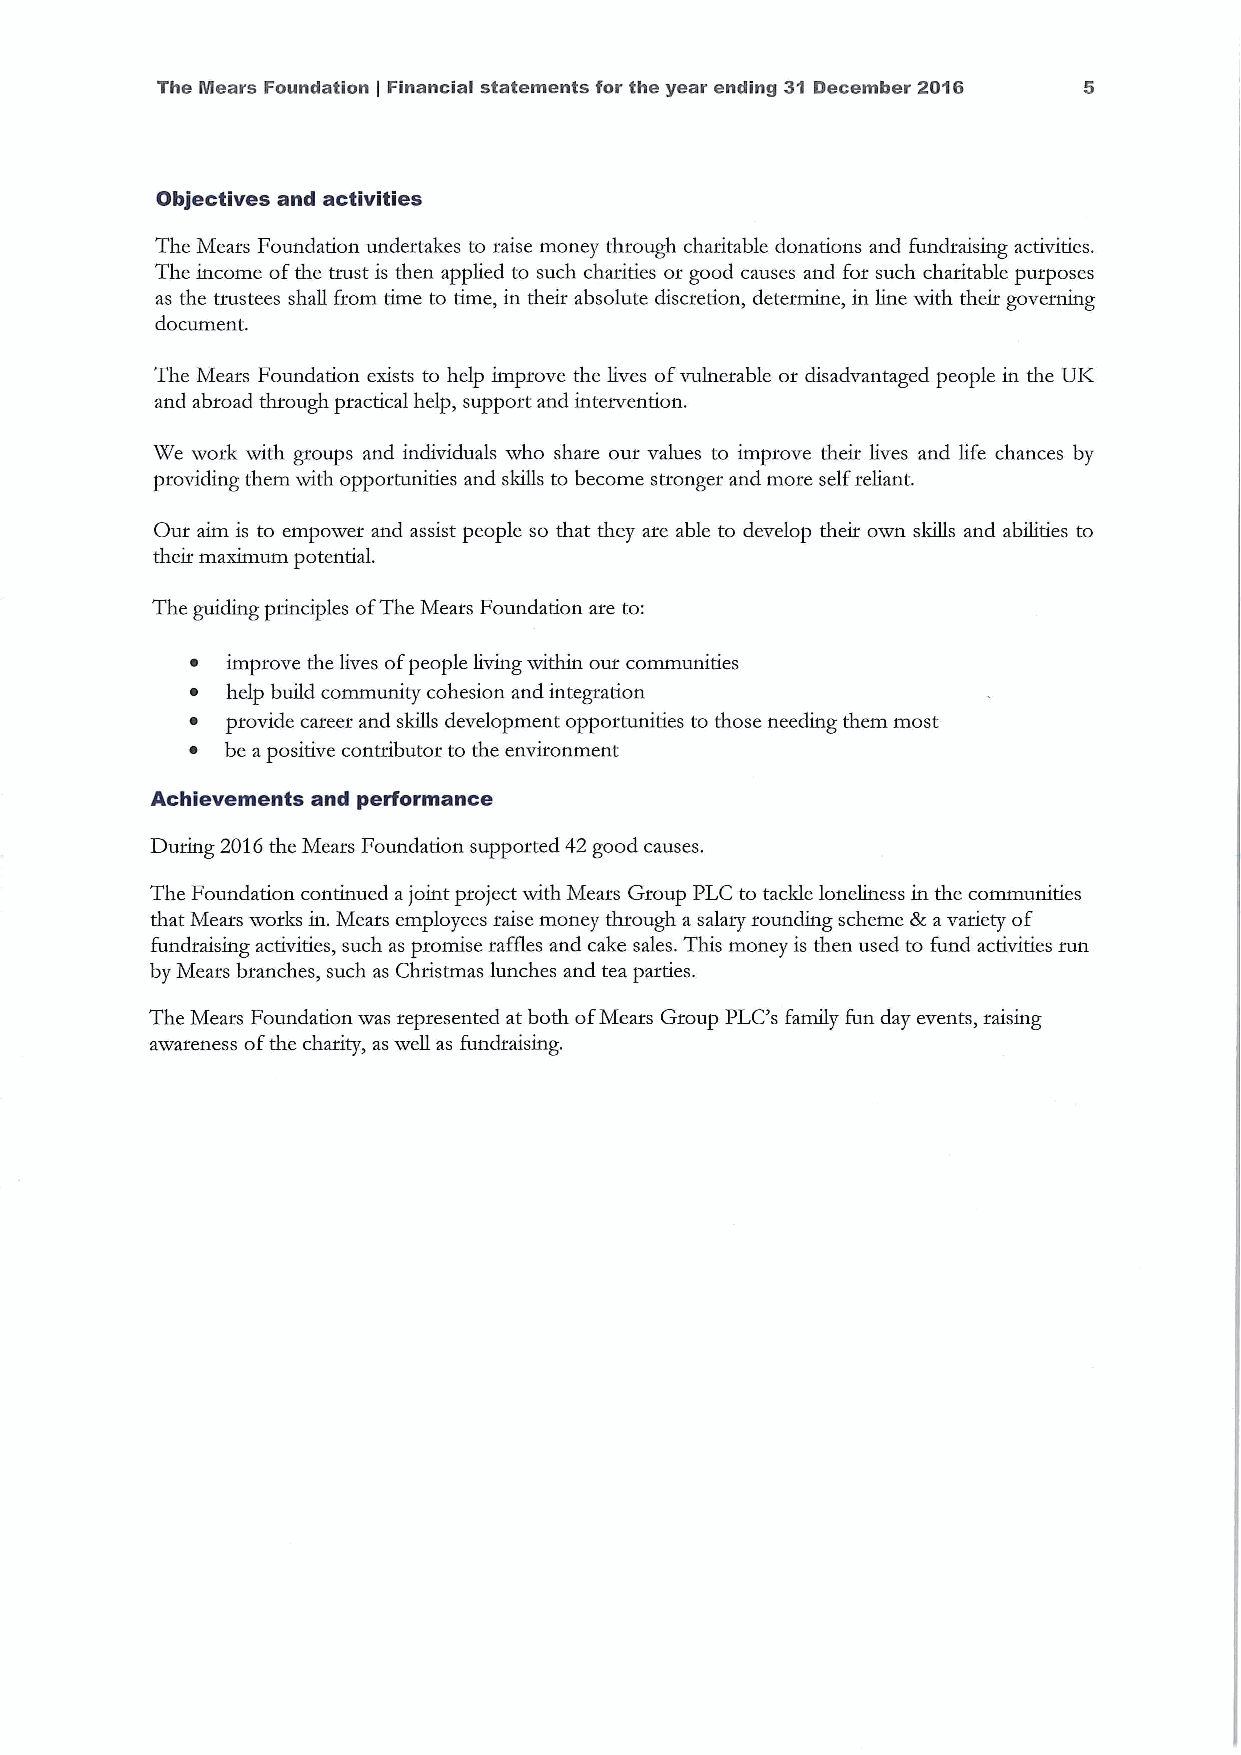
The Mears Foundation Financial statements for the year ending 31 December 2016
 ]
 Objectives and activities
 The Mears Foundation undertakes to raise money through charitable donations and fundraising activities.
 The income ofthe trust is then applied to such charities or good causes and for such charitable purposes
 as the trustees shall from time to time, in theit absolute discretion, determine, in line with their governing
 document.
 The Mears Foundation exists to help improve the lives ofvulnerable or disadvantaged people in the UK
 and abroad through practical help, support and intervention.
 We work with groups and individuals who share our values to improve theix lives and life chances by
 providing them with oppoxtunities and skills to become stronger and more selfreliant.
 Our aim is to empower and assist people so that they ate able to develop their own skills and abilities to
 their maximum potential.
 The guiding principles ofThe Mears Foundation are to:
 ~ improve the lives ofpeople living within our communities
 ~ help build community cohesion and integration
 ~ provide career and skills development opportunities to those needing them most
 ~ be apositive contributor to the environment
 Achievements and performance
 During 2016the Mears Foundation supported 42 good causes.
 The Foundation continued ajoint pxoject with Mears Group PLC to tackle loneliness in the communities
 that Mears works in. Mears employees raise money through a salary rounding scheme Bzavariety of
 fundraising activities, such as promise raffles and cake sales. This money is then used to fund activities run
 by Mears branches, such as Christmas lunches and tea parties.
 The Mears Foundation was represented at both ofMears Gxoup PLC's family fun day events, raising
 awareness ofthe charity, as well as fundxaising.